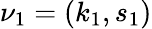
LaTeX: \nu_{1}=(k_{1},s_{1})